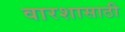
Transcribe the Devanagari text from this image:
वारशासाठी